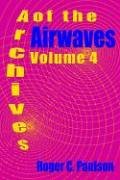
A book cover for Archives of the Airwaves Vol. 4; Roger C. Paulson; Humor & Entertainment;